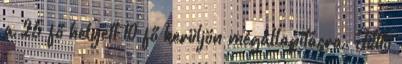
a 25 fő helyett 10 fő kerüljön megállapításra. Tüttő